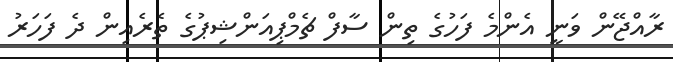
ރާއްޖޭން ވަނީ އެންމެ ފަހުގެ ތިން ސާފް ޗެމްޕިއަންޝިޕުގެ ތެރެއިން ދެ ފަހަރު